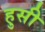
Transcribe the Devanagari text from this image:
हुसी